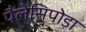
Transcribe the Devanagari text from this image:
पैलेसिपोडा